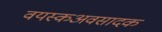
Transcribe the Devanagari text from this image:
वयस्कअवसादक